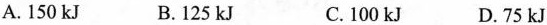
A.150kJ B.125kJ C.100kJ D.75kJ